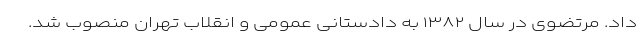
داد. مرتضوی در سال ۱۳۸۲ به دادستانی عمومی و انقلاب تهران منصوب شد.